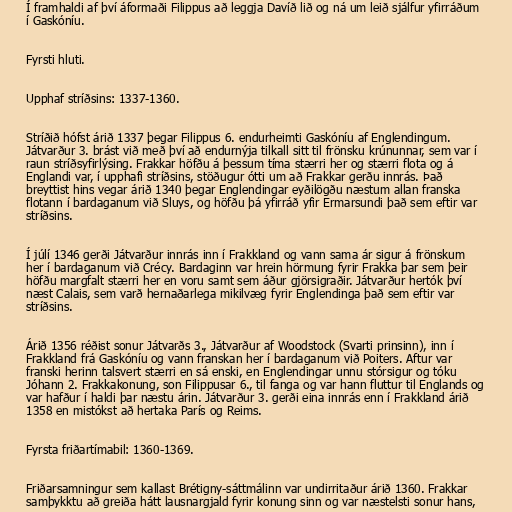
Í framhaldi af því áformaði Filippus að leggja Davíð lið og ná um leið sjálfur yfirráðum
í Gaskóníu.

Fyrsti hluti.

Upphaf stríðsins: 1337-1360.

Stríðið hófst árið 1337 þegar Filippus 6. endurheimti Gaskóníu af Englendingum.
Játvarður 3. brást við með því að endurnýja tilkall sitt til frönsku krúnunnar, sem var í
raun stríðsyfirlýsing. Frakkar höfðu á þessum tíma stærri her og stærri flota og á
Englandi var, í upphafi stríðsins, stöðugur ótti um að Frakkar gerðu innrás. Það
breyttist hins vegar árið 1340 þegar Englendingar eyðilögðu næstum allan franska
flotann í bardaganum við Sluys, og höfðu þá yfirráð yfir Ermarsundi það sem eftir var
stríðsins.

Í júlí 1346 gerði Játvarður innrás inn í Frakkland og vann sama ár sigur á frönskum
her í bardaganum við Crécy. Bardaginn var hrein hörmung fyrir Frakka þar sem þeir
höfðu margfalt stærri her en voru samt sem áður gjörsigraðir. Játvarður hertók því
næst Calais, sem varð hernaðarlega mikilvæg fyrir Englendinga það sem eftir var
stríðsins.

Árið 1356 réðist sonur Játvarðs 3., Játvarður af Woodstock (Svarti prinsinn), inn í
Frakkland frá Gaskóníu og vann franskan her í bardaganum við Poiters. Aftur var
franski herinn talsvert stærri en sá enski, en Englendingar unnu stórsigur og tóku
Jóhann 2. Frakkakonung, son Filippusar 6., til fanga og var hann fluttur til Englands og
var hafður í haldi þar næstu árin. Játvarður 3. gerði eina innrás enn í Frakkland árið
1358 en mistókst að hertaka París og Reims.

Fyrsta friðartímabil: 1360-1369.

Friðarsamningur sem kallast Brétigny-sáttmálinn var undirritaður árið 1360. Frakkar
samþykktu að greiða hátt lausnargjald fyrir konung sinn og var næstelsti sonur hans,